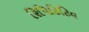
રિપિટિટિવ